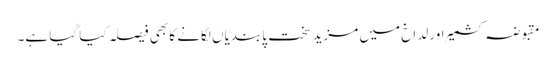
مقبوضہ کشمیر اور لداخ میں مزید سخت پابندیاں لگانے کا بھی فیصلہ کیا گیا ہے۔